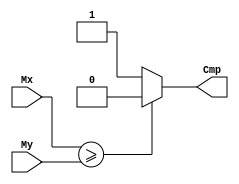
module Alignment_5 (Mx , My , Cmp);
input [22:0]Mx , My;
output reg Cmp;
always@(*)
begin
    if(Mx>=My)				//Compare Block
			begin
				Cmp = 1'b0;		
			end
		else
			begin
				Cmp = 1'b1;
			end
end
endmodule